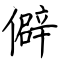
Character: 僻